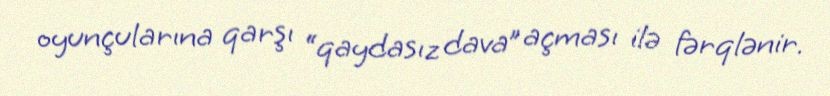
oyunçularına qarşı “qaydasız dava” açması ilə fərqlənir.